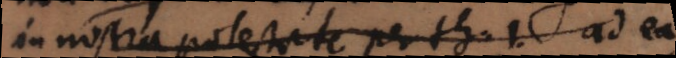
in nostra potestate per th. 1. ad ea